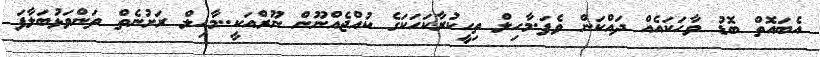
އެބައޮތް ބޮޑު ވާހަކައެއް ދައްކަން ވެފަ.މާހިލް ތިހީކުރާކަހަކަގެ ކުއްޖެއްނޫން ނޫރްއަކީ..މާހިލް ރަށުނެތް ތަންވަޅުބަލާފަ